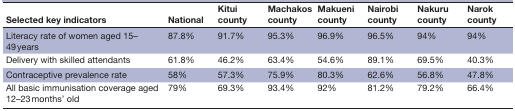
| Selected key indicators | National | Kitui county | Machakos county | Makueni county | Nairobi county | Nakuru county | Narok county |
 | --- | --- | --- | --- | --- | --- | --- | --- |
 | Literacy rate of women aged 15–49 years | 87.8% | 91.7% | 95.3% | 96.9% | 96.5% | 94% | 94% |
 | Delivery with skilled attendants | 61.8% | 46.2% | 63.4% | 54.6% | 89.1% | 69.5% | 40.3% |
 | Contraceptive prevalence rate | 58% | 57.3% | 75.9% | 80.3% | 62.6% | 56.8% | 47.8% |
 | All basic immunisation coverage aged 12–23 months’ old | 79% | 69.3% | 93.4% | 92% | 81.2% | 79.2% | 66.4% |